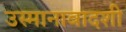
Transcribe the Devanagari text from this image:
उस्मानाबादशी